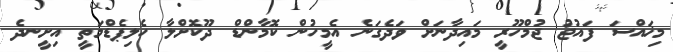
މިޚައްސަ ފައުޖު ޖުމްހޫރީ މައިދާނަށް ވަދެގަނެ އެމީހުން ކޮމާންޑް ދޫކޮށްލާ ހެލިޕެޑްމަތީ އިށީނދެ